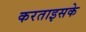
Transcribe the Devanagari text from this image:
करताइसके